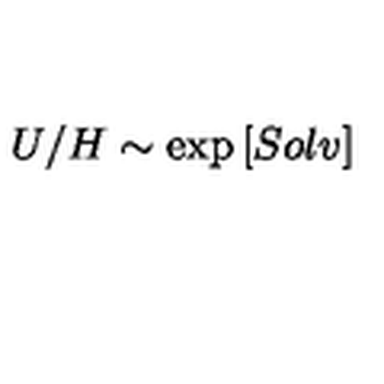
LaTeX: U / H \sim \exp \left[ S o l v \right]